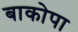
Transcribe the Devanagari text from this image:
बाकोपा